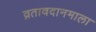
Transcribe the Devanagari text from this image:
व्रतावदानमाला